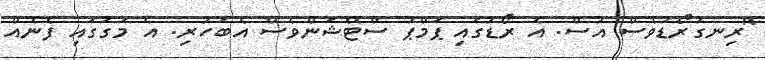
"ރިނގުރޯޑުވެސް އުސް. އެ ރޯޑުގައި ޕަމްޕު ސްޓޭޝަންވެސް އެބަހުރި. އެ މަގުގައި ފެނެއް